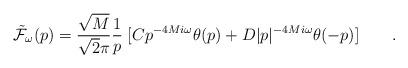
LaTeX: \begin{align*}{\tilde{\cal F}}_\omega (p) = {\sqrt{M} \over \sqrt{2} \pi}{1 \over p } \; [ Cp^{-4 M i \omega} \theta (p) + D \vert p \vert^{-4 M i \omega} \theta (-p) ]\qquad .\end{align*}